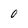
Character: 0